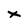
Character: X